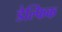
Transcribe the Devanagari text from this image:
डेल्फिक